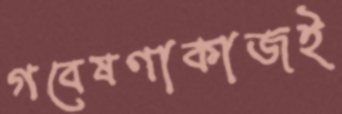
গবেষণাকাজই